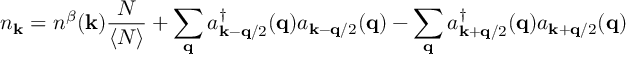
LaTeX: n _ { { \bf { k } } } = n ^ { \beta } ( { \bf { k } } ) \frac { N } { \langle N \rangle } + \sum _ { { \bf { q } } } a _ { { \bf { k } } - { \bf { q } } / 2 } ^ { \dagger } ( { \bf { q } } ) a _ { { \bf { k } } - { \bf { q } } / 2 } ( { \bf { q } } ) - \sum _ { { \bf { q } } } a _ { { \bf { k } } + { \bf { q } } / 2 } ^ { \dagger } ( { \bf { q } } ) a _ { { \bf { k } } + { \bf { q } } / 2 } ( { \bf { q } } )